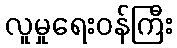
လူမှုရေးဝန်ကြီး